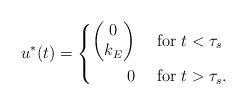
LaTeX: \begin{align*} u^\ast(t) = \left\{ \begin{aligned} \begin{pmatrix} 0 \\ k_E \end{pmatrix} &\quad\textnormal{ for } t < \tau_s \\ 0 &\quad\textnormal{ for } t > \tau_s. \end{aligned} \right. \end{align*}